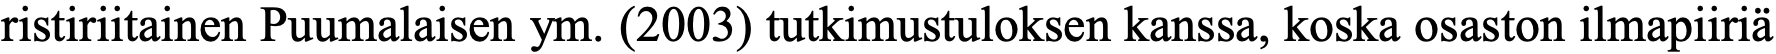
ristiriitainen Puumalaisen ym. (2003) tutkimustuloksen kanssa, koska osaston ilmapiiriä